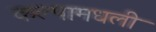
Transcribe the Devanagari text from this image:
कल्पामधली